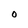
Character: O